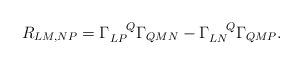
LaTeX: \begin{align*}R_{LM,NP}=\Gamma_{LP}^{~~~Q}\Gamma_{QMN}-\Gamma_{LN}^{~~~Q}\Gamma_{QMP}.\end{align*}